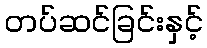
တပ်ဆင်ခြင်းနှင့်